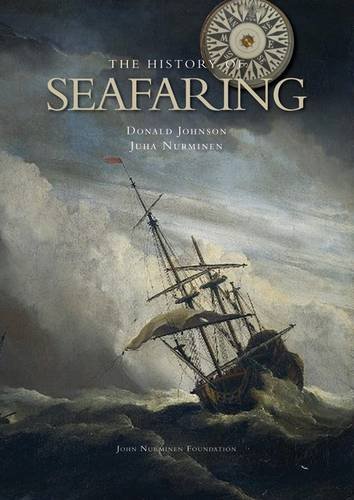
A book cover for The History of Seafaring: Navigating the World's Oceans; Donald Johnson; History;